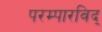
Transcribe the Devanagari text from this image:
परम्पारविद्